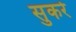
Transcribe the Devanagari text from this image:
सुकरे